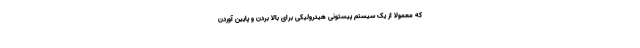
که معمولا از یک سیستم پیستونی هیدرولیکی برای بالا بردن و پایین آوردن